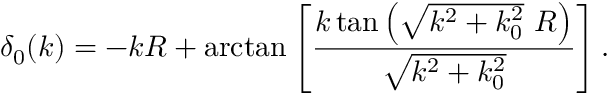
\delta _ { 0 } ( k ) = - k R + \arctan \left[ \frac { k \tan \left( \sqrt { k ^ { 2 } + k _ { 0 } ^ { 2 } } \, \, R \right) } { \sqrt { k ^ { 2 } + k _ { 0 } ^ { 2 } } } \right] .